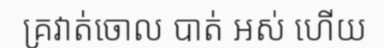
គ្រវាត់ចោល បាត់ អស់ ហើយ